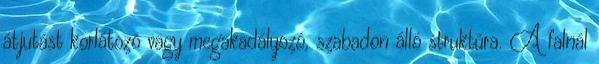
átjutást korlátozó vagy megakadályozó, szabadon álló struktúra. A falnál